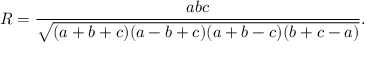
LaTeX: R = { \frac { a b c } { \sqrt { ( a + b + c ) ( a - b + c ) ( a + b - c ) ( b + c - a ) } } } .